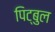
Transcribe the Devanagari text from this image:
पिट्बुल